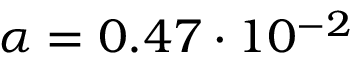
\alpha = 0 . 4 7 \cdot 1 0 ^ { - 2 }